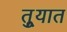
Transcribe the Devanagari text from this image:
तुर्‍यात